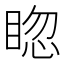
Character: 𥇰